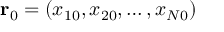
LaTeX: \mathbf { r } _ { 0 } = ( x _ { 1 0 } , x _ { 2 0 } , \dots , x _ { N 0 } )